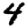
Digit: 4